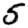
Digit: 5